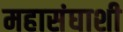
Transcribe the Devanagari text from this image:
महासंघाशी